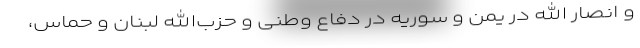
و انصار الله در یمن و سوریه در دفاع وطنی و حزب‌الله لبنان و حماس،